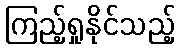
ကြည့်ရှုနိုင်သည့်